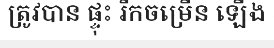
ត្រូវបាន ផ្ទុះ រីកចម្រើន ឡើង